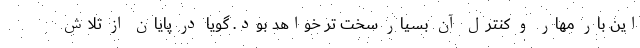
این بار مهار و کنترل آن بسیار سخت تر خواهد بود. گویا در پایان از تلاش